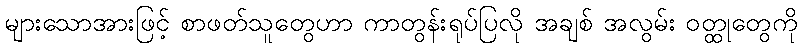
များသောအားဖြင့် စာဖတ်သူတွေဟာ ကာတွန်းရုပ်ပြလို အချစ် အလွမ်း ဝတ္ထုတွေကို